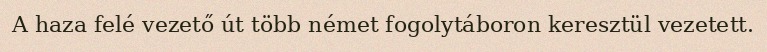
A haza felé vezető út több német fogolytáboron keresztül vezetett.